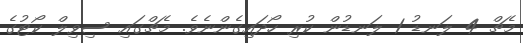
މެޗް 4 ލަނޑު 1 ލަނޑުން ކުރި ހޯދައިގެންނެވެ. މެޗްގައި ސިވިލް ކޯޓުގެ